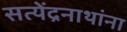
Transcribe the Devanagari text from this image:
सत्येंद्रनाथांना